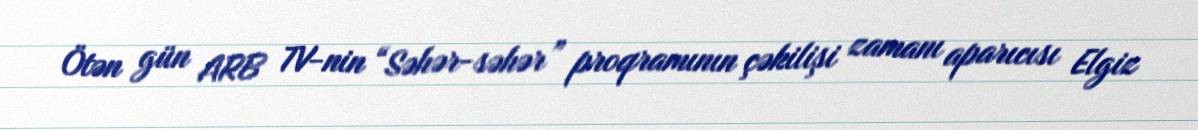
Ötən gün ARB TV-nin “Səhər-səhər” proqramının çəkilişi zamanı aparıcısı Elgiz